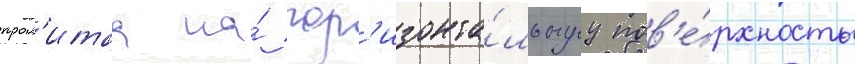
прол'итаа на́ гор'изонта́льнуу пов'е́рхность